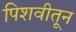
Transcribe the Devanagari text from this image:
पिशवीतून